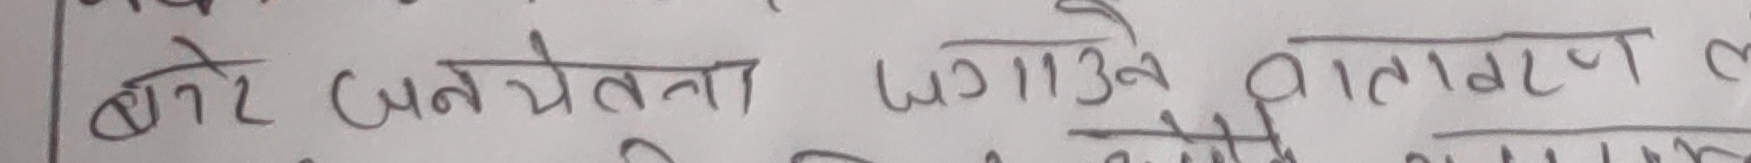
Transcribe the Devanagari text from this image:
बोरे जनचेतना जगाउने वातवरण ले